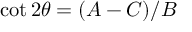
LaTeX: \cot 2 \theta = ( A - C ) / B